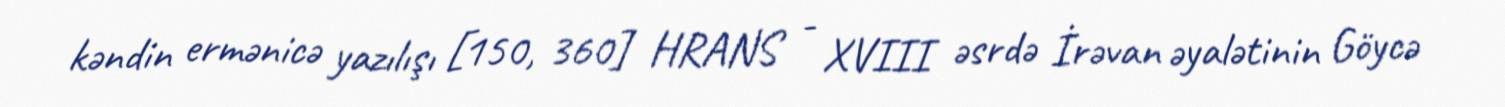
kəndin ermənicə yazılışı [150, 360] HRANS - XVIII əsrdə İrəvan əyalətinin Göycə